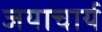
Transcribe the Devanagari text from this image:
जयाचार्य